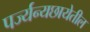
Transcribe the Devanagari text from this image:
पर्ज्यन्यछायेतील